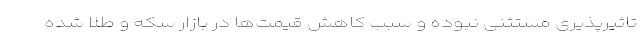
تاثیرپذیری مستثنی نبوده و سبب کاهش قیمت‌ها در بازار سکه و طلا شده